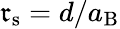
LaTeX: \mathfrak{r}_{\mathrm{{s}}}=d/a_{\mathrm{{B}}}